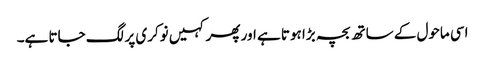
اسی ماحول کے ساتھ بچہ بڑا ہوتا ہے اور پھر کہیں نوکری پر لگ جاتا ہے۔